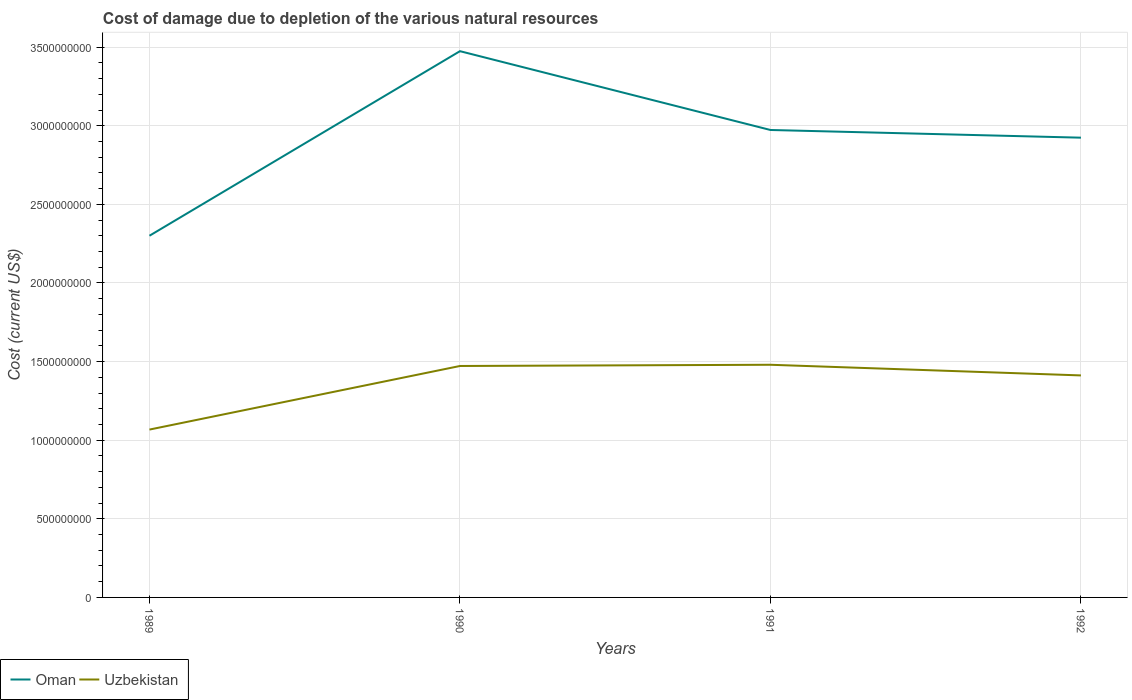
| Years | Oman | Uzbekistan |
 | --- | --- | --- |
 | 1989 | 2.3e+09 | 1.07e+09 |
 | 1990 | 3.47e+09 | 1.47e+09 |
 | 1991 | 2.97e+09 | 1.48e+09 |
 | 1992 | 2.92e+09 | 1.41e+09 |